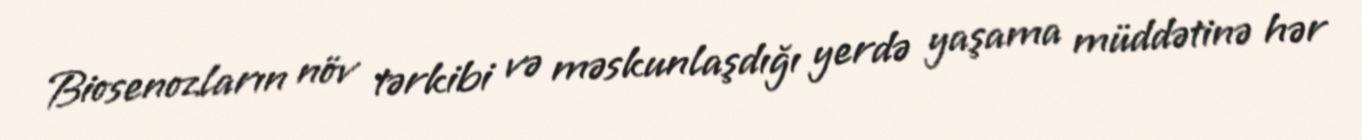
Biosenozların növ tərkibi və məskunlaşdığı yerdə yaşama müddətinə hər